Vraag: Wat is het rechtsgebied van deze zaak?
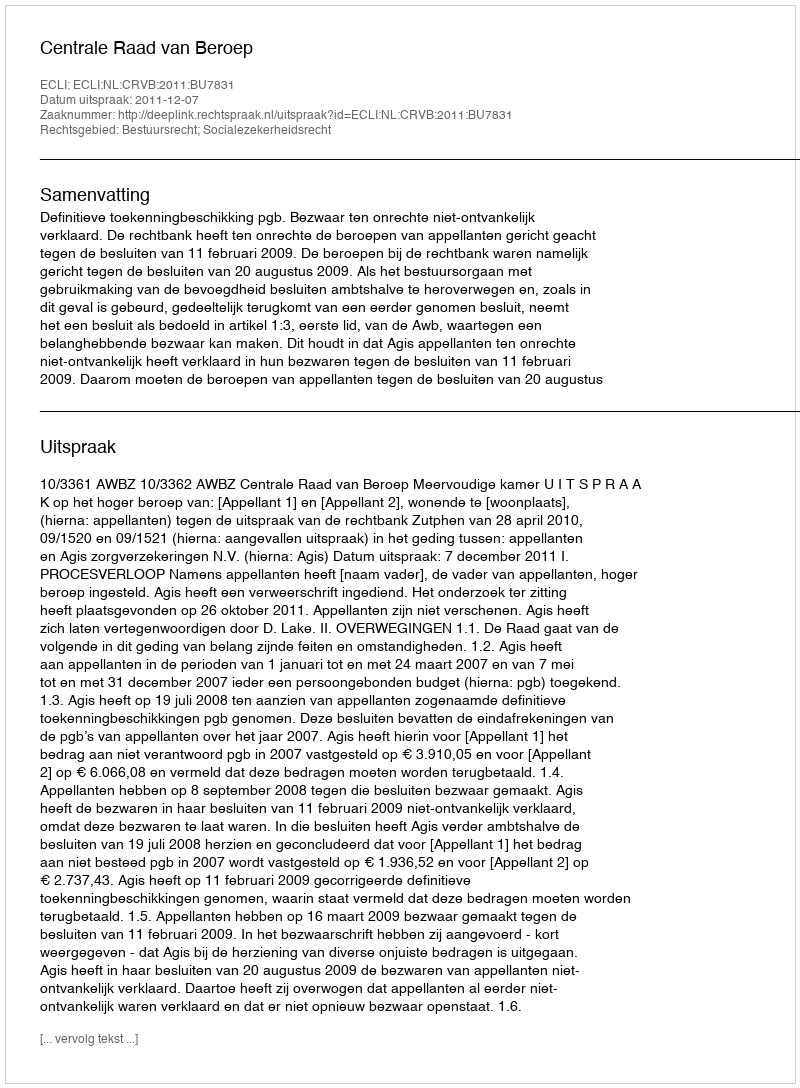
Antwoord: Bestuursrecht; Socialezekerheidsrecht